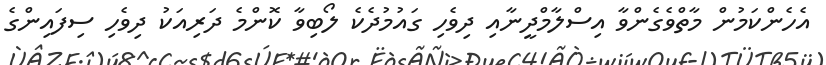
އެހެންކަމުން މާތްވެގެންވާ އިސްލާމްދީނާއި ދިވެހި ގައުމުދެކެ ލޯބިވާ ކޮންމެ ދަރިއަކު ދިވެހި ސިފައިންގެ